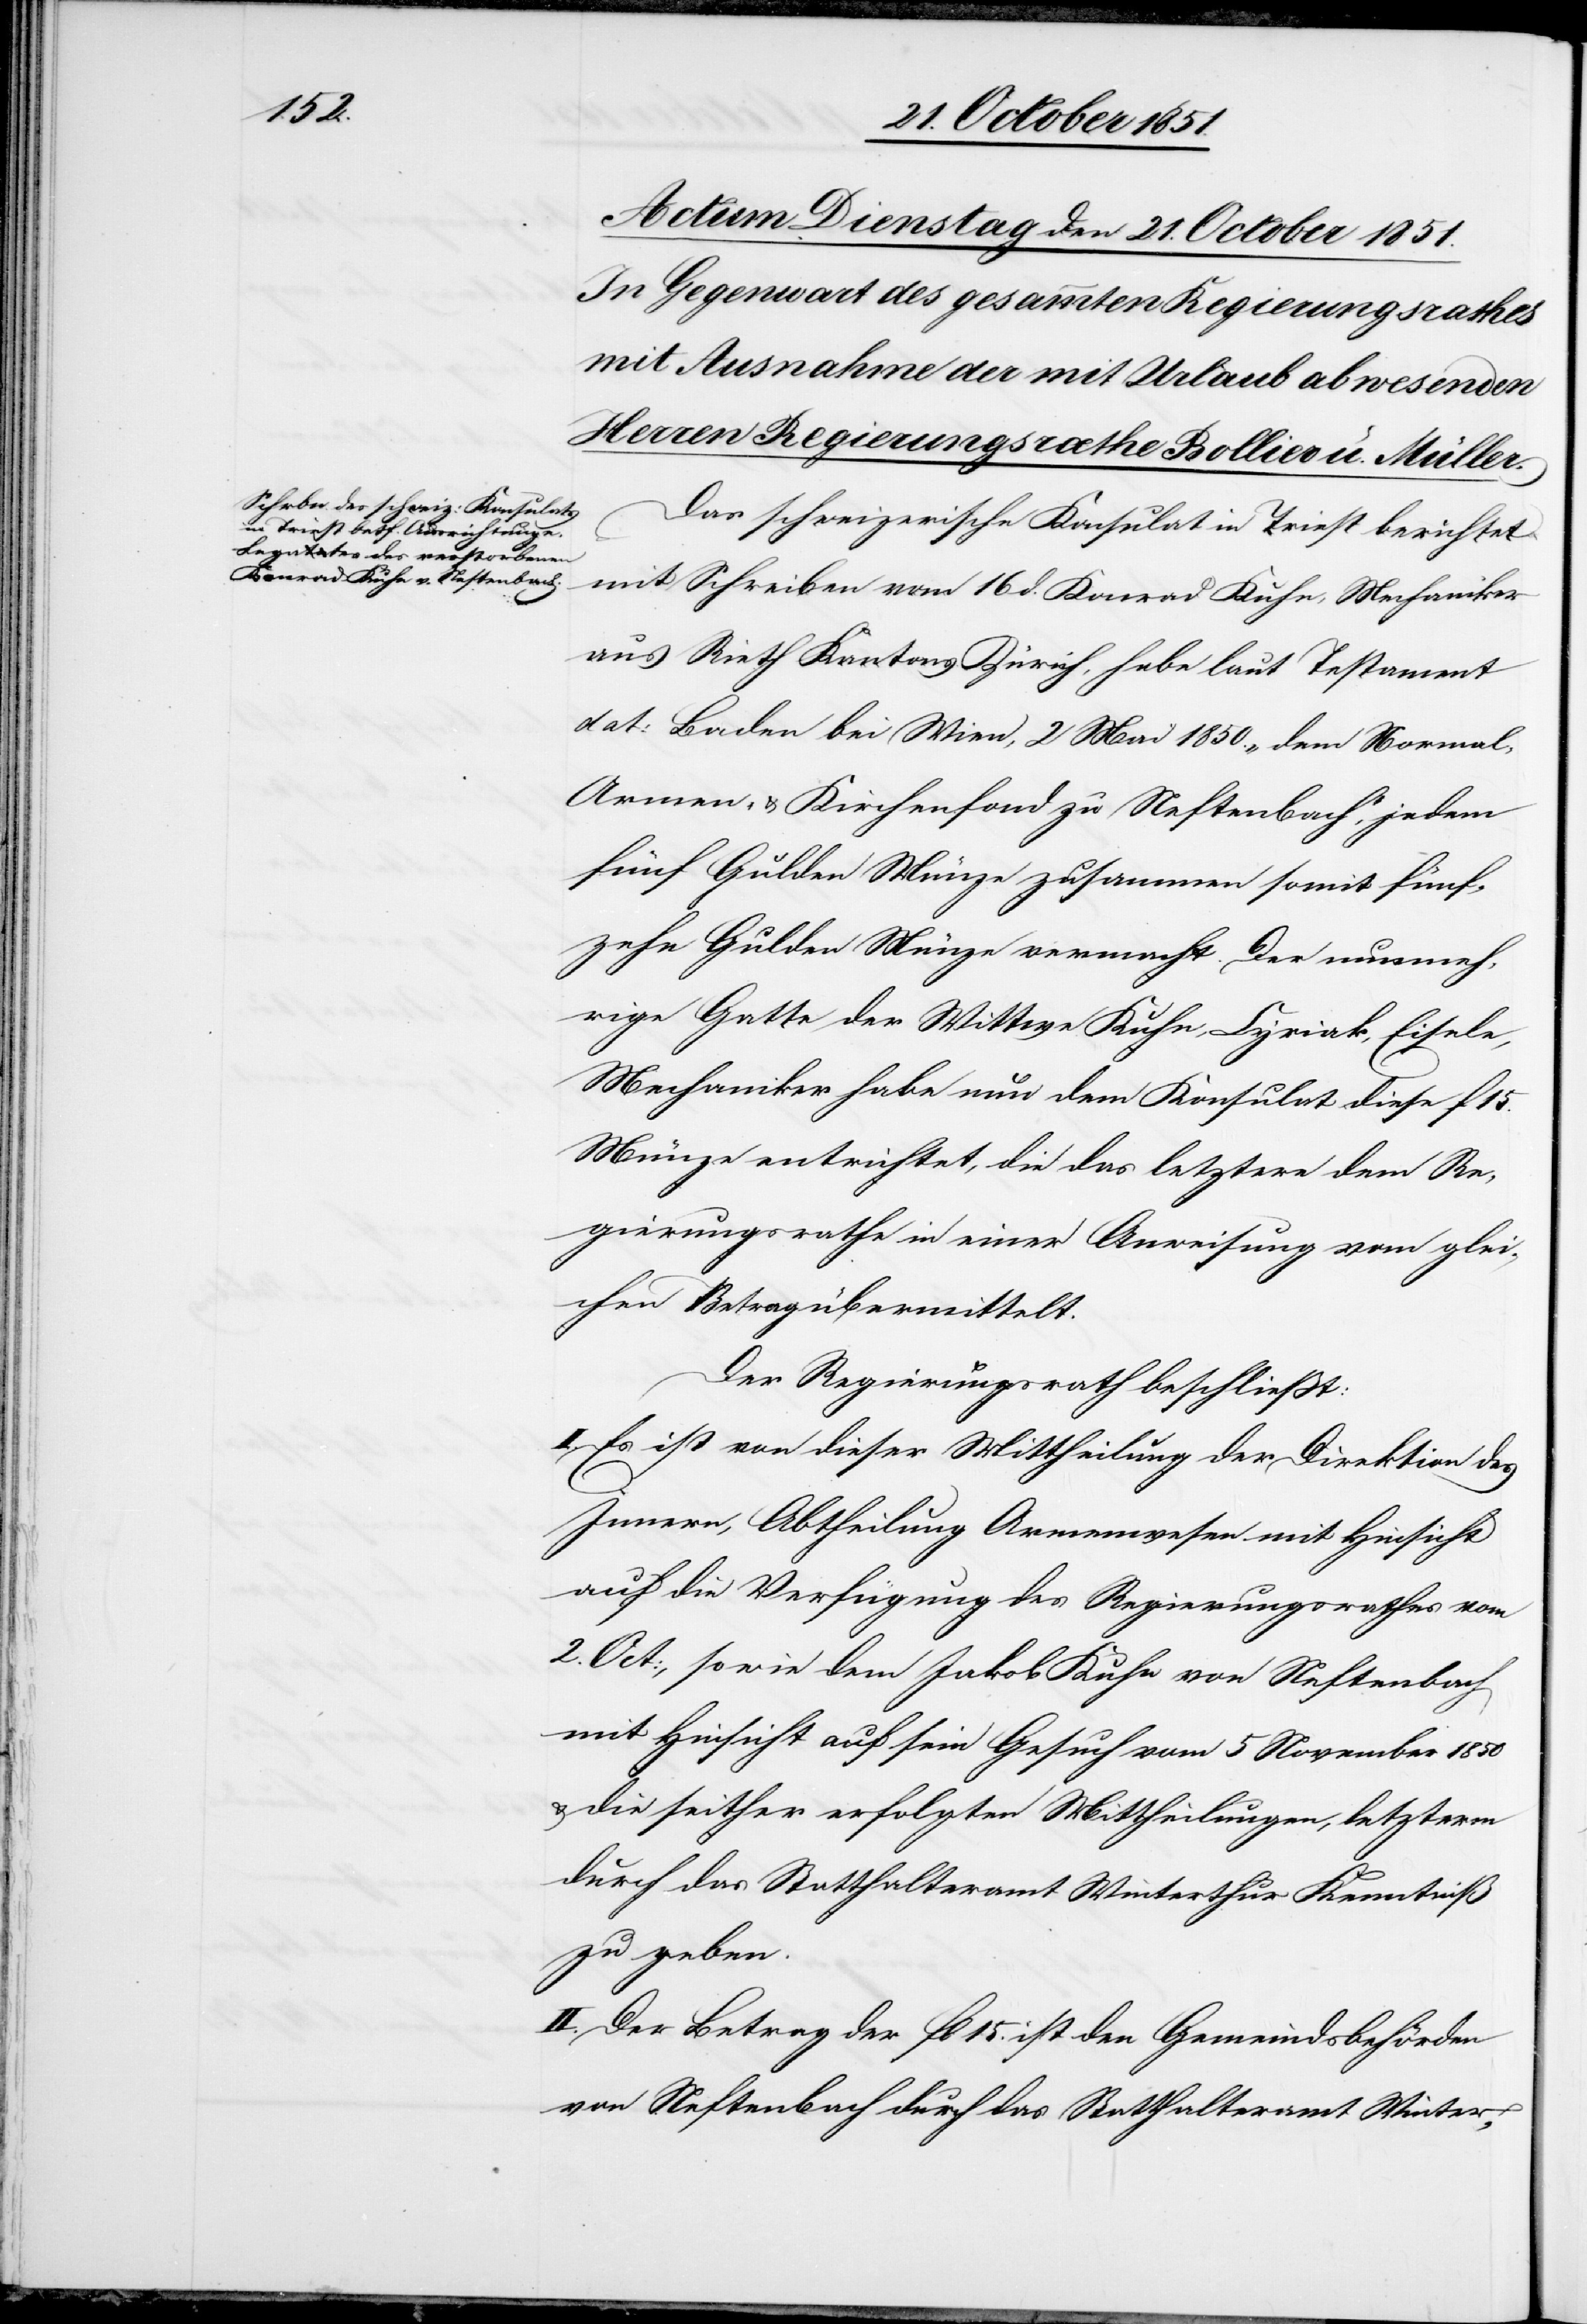
Das schweizerische Konsulat in Triest berichtet
mit Schreiben vom 16 d. Konrad Kuhn, Mechaniker
aus Rieth Kantons Zürich, habe laut Testament
dat: Baden bei Wien, 2 Mai 1850. „dem Normal-[,]
Armen- & Kirchenfond zu Neftenbach,“ jedem
fünf Gulden Münze zusammen somit fünf¬
zehn Gulden Münze vermacht. Der nunmeh¬
rige Gatte der Wittwe Kuhn, Cyriak, Eisele,
Mechaniker habe nun dem Konsulat diese f 15.
Münze entrichtet, die das letztere dem Re¬
gierungsrathe in einer Anweisung vom glei¬
chen Betrag übermittelt.
Der Regierungsrath beschließt:
I. Es ist von dieser Mittheilung der Direktion des
Innern, Abtheilung Armenwesen mit Hinsicht
auf die Verfügung des Regierungsrathes vom
2. Oct:, sowie dem Jakob Kuhn von Neftenbach
mit Hinsicht auf sein Gesuch vom 5 November 1850
& die seither erfolgten Mittheilungen, letzterm
durch das Statthalteramt Winterthur Kenntniß
zu geben.
II. Der Betrag der fl 15. ist den Gemeindsbehörden
von Neftenbach durch das Statthalteramt Winter-